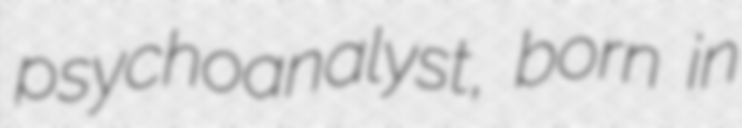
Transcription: psychoanalyst, born in